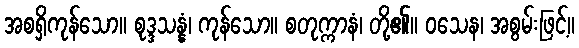
အစရှိကုန်သော။ စုဒ္ဒသန္နံ၊ ကုန်သော။ စတုက္ကာနံ၊ တို့၏။ ဝသေန၊ အစွမ်းဖြင့်။